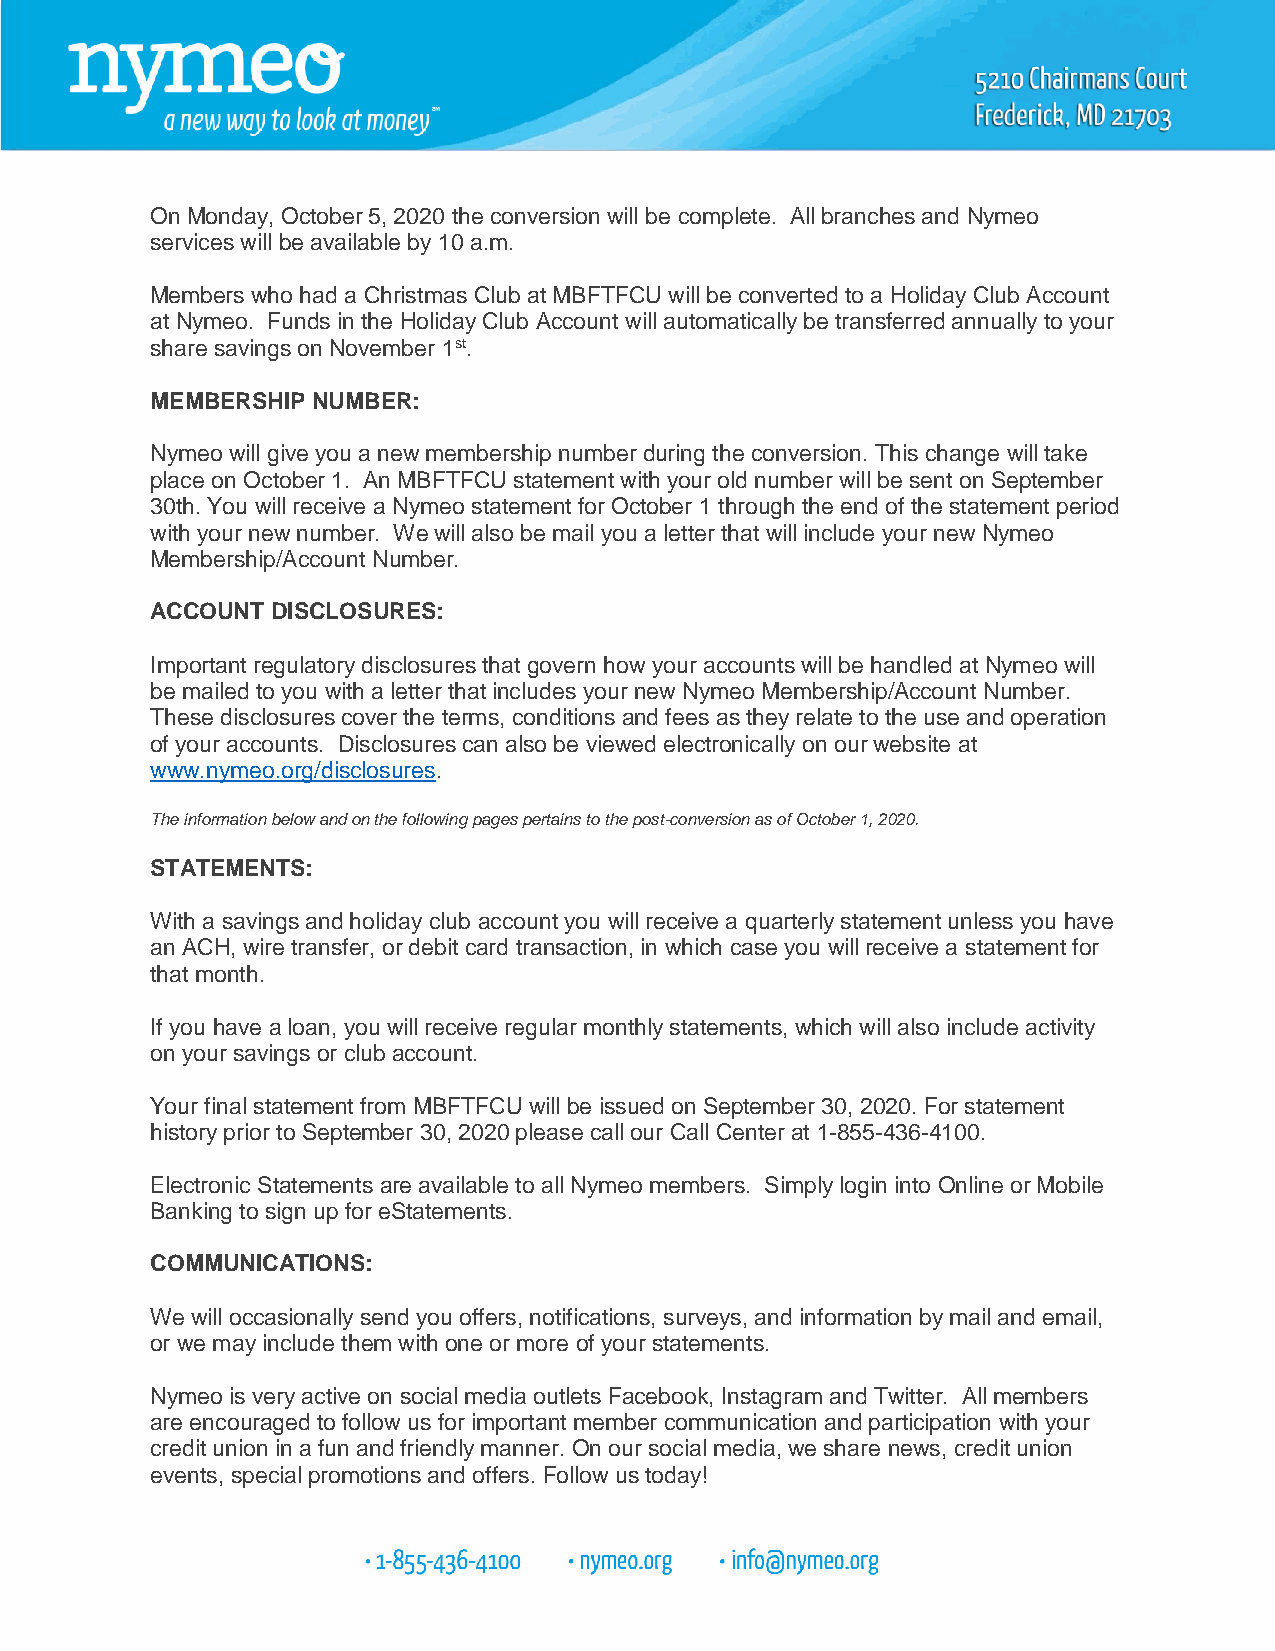
On Monday, October 5, 2020 the conversion will be complete. All branches and Nymeo
 services will be available by 10 a.m.
 Members who had a Christmas Club at MBFTFCU will be converted to a Holiday Club Account
 at Nymeo. Funds in the Holiday Club Account will automatically be transferred annually to your
 share savings on November 1st.
 MEMBERSHIP NUMBER:
 Nymeo will give you a new membership number during the conversion. This change will take
 place on October 1. An MBFTFCU statement with your old number will be sent on September
 30th. You will receive a Nymeo statement for October 1 through the end of the statement period
 with your new number. We will also be mail you a letter that will include your new Nymeo
 Membership/Account Number.
 ACCOUNT DISCLOSURES:
 Important regulatory disclosures that govern how your accounts will be handled at Nymeo will
 be mailed to you with a letter that includes your new Nymeo Membership/Account Number.
 These disclosures cover the terms, conditions and fees as they relate to the use and operation
 of your accounts. Disclosures can also be viewed electronically on our website at
 www.nymeo.org/disclosures.
 The information below and on the following pages pertains to the post-conversion as of October 1, 2020.
 STATEMENTS:
 With a savings and holiday club account you will receive a quarterly statement unless you have
 an ACH, wire transfer, or debit card transaction, in which case you will receive a statement for
 that month.
 If you have a loan, you will receive regular monthly statements, which will also include activity
 on your savings or club account.
 Your final statement from MBFTFCU will be issued on September 30, 2020. For statement
 history prior to September 30, 2020 please call our Call Center at 1-855-436-4100.
 Electronic Statements are available to all Nymeo members. Simply login into Online or Mobile
 Banking to sign up for eStatements.
 COMMUNICATIONS:
 We will occasionally send you offers, notifications, surveys, and information by mail and email,
 or we may include them with one or more of your statements.
 Nymeo is very active on social media outlets Facebook, Instagram and Twitter. All members
 are encouraged to follow us for important member communication and participation with your
 credit union in a fun and friendly manner. On our social media, we share news, credit union
 events, special promotions and offers. Follow us today!